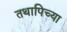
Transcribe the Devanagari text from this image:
तथापिच्या